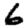
Digit: 6